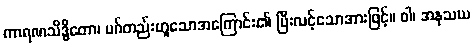
ကာရဏသိဒ္ဓိတော၊ မဂ်တည်းဟူသောအကြောင်း၏ ပြီးလင့်သောအားဖြင့်။ ဝါ၊ အနုသယ